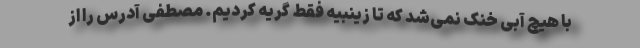
با هیچ آبی خنک نمی‌شد که تا زینبیه فقط گریه کردیم. مصطفی آدرس را از